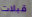
قبلات